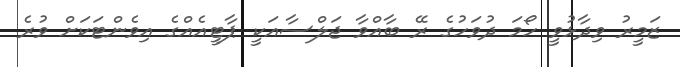
ޒަމީރު ވިދާޅުވީ ހޯމަ ދުވަހުގެ ރޭ ބާއްވާ ޖަލްސާއަކީ ޕާޓީއެއްގެ އިވެންޓަކަށް ވުރެ